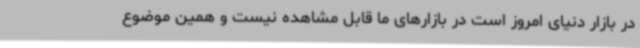
در بازار دنیای امروز است در بازارهای ما قابل مشاهده نیست و همین موضوع